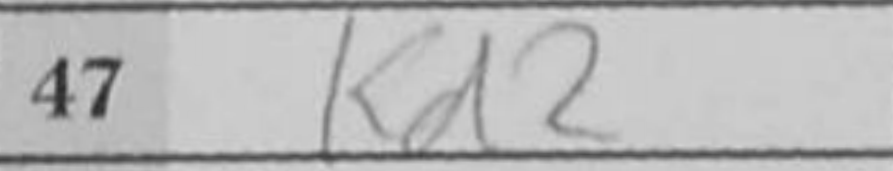
Transcription: Kd2